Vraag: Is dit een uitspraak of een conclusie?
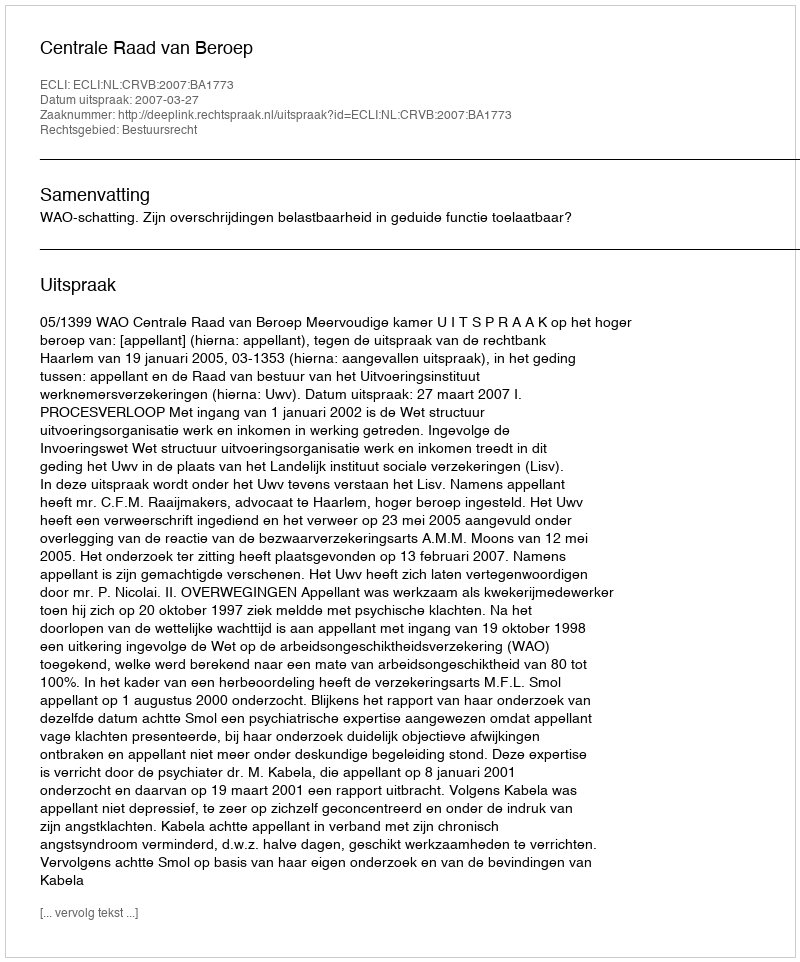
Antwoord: Uitspraak